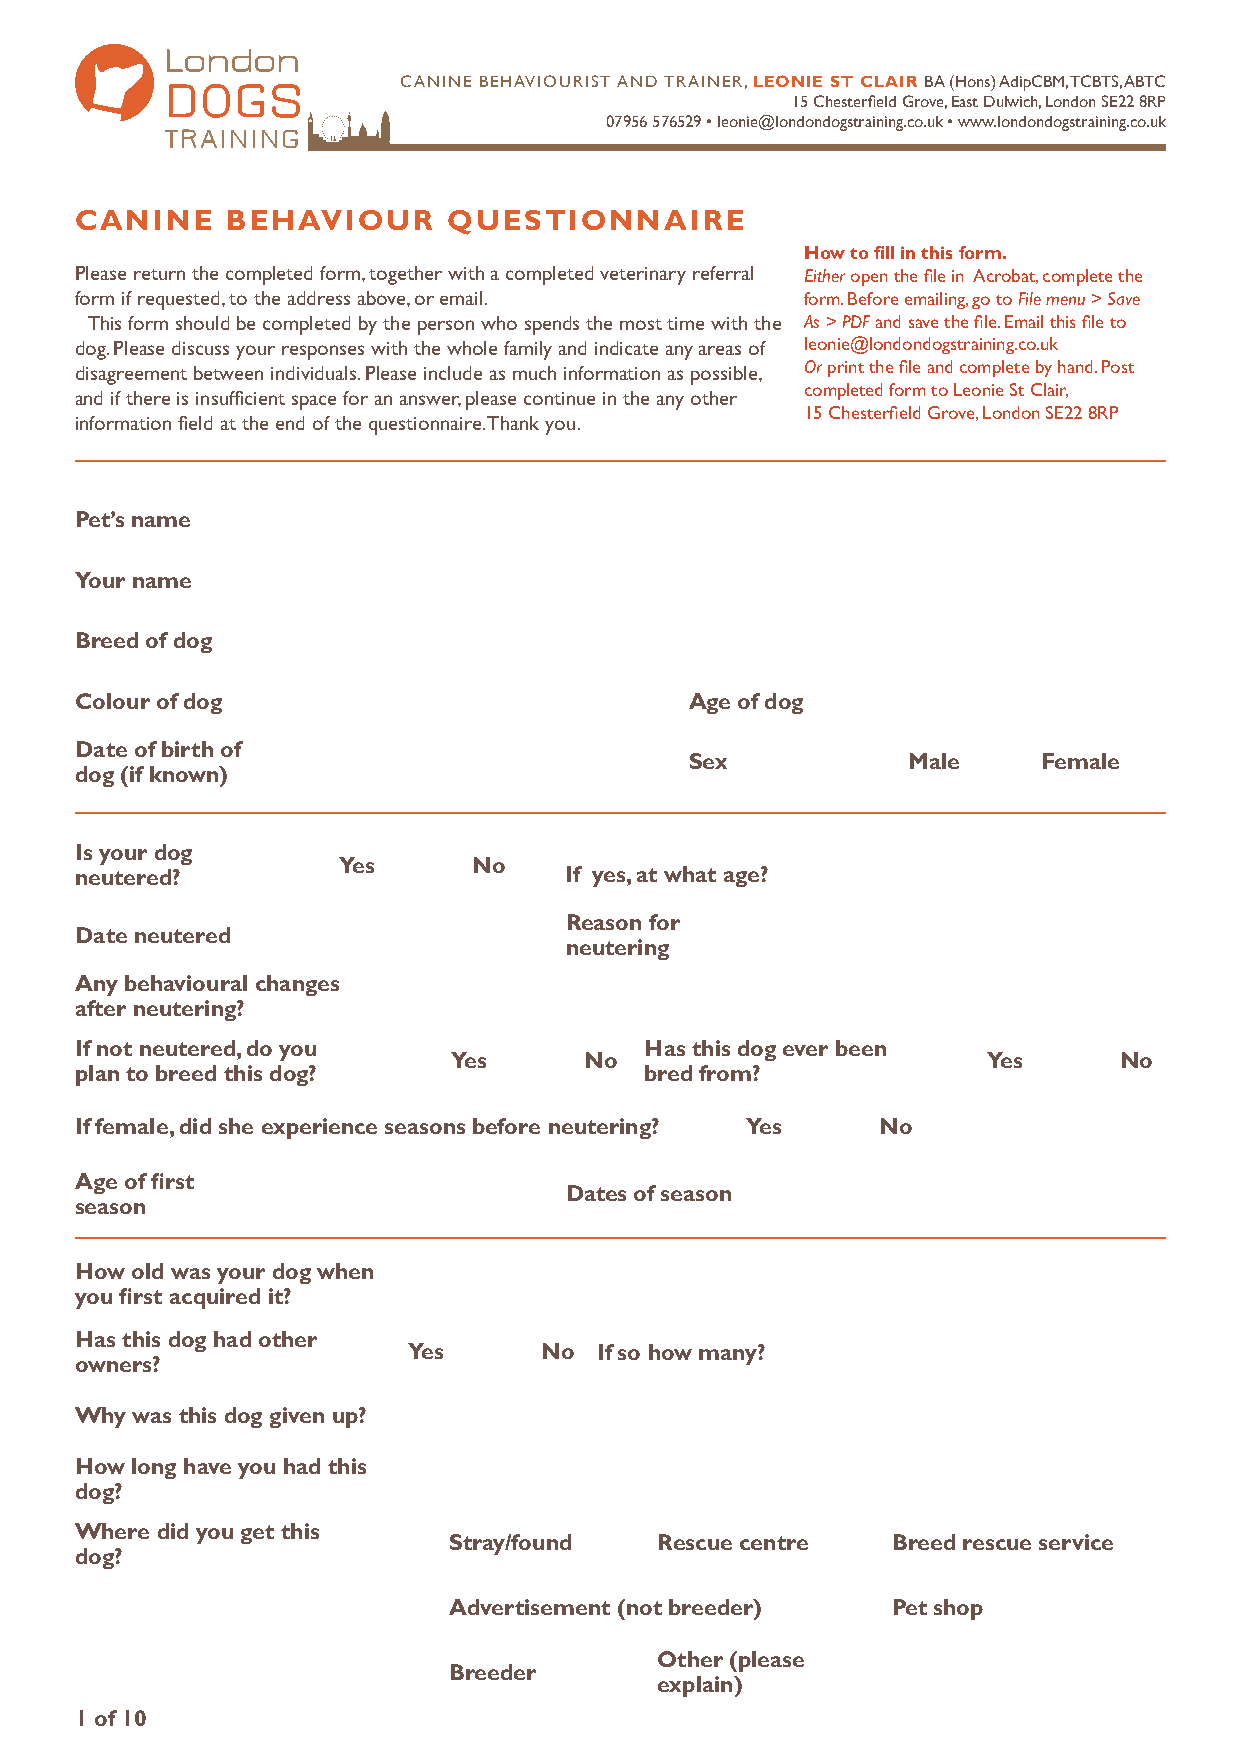
London
 DogS           Canine Behaviourist and trainer, Leonie St CLair Ba (hons) adipCBM, tCBts, aBtC
 15 Chesterfield Grove, East Dulwich, London SE22 8RP
 07956 576529 • leonie@londondogstraining.co.uk • www.londondogstraining.co.uk
 Training
 Canine    behaviour     queStionnaire
 how to fill in this form.
 Please return the completed form, together with a completed veterinary referral Either open the file in Acrobat, complete the
 form if requested, to the address above, or email. form. Before emailing, go to File menu > Save
 This form should be completed by the person who spends the most time with the As > PDF and save the file. Email this file to
 dog. Please discuss your responses with the whole family and indicate any areas of leonie@londondogstraining.co.uk
 disagreement between individuals. Please include as much information as possible, Or print the file and complete by hand. Post
 completed form to Leonie St Clair,
 and if there is insufficient space for an answer, please continue in the any other
 15 Chesterfield Grove, London SE22 8RP
 information field at the end of the questionnaire. Thank you.
 Pet’s name
 Your name
 breed of dog
 Colour of dog                            age of dog
 Date of birth of
 Sex           Male     Female
 dog (if known)
 is your dog
 Yes      no
 neutered?                       if yes, at what age?
 reason for
 Date neutered
 neutering
 any behavioural changes
 after neutering?
 if not neutered, do you               has this dog ever been
 Yes      no                        Yes      no
 plan to breed this dog?               bred from?
 if female, did she experience seasons before neutering? Yes no
 age of first
 Dates of season
 season
 how old was your dog when
 you first acquired it?
 has this dog had other
 Yes      no if so how many?
 owners?
 Why was this dog given up?
 how long have you had this
 dog?
 Where did you get this
 Stray/found  rescue centre   breed rescue service
 dog?
 advertisement (not breeder)  Pet shop
 other (please
 breeder
 explain)
 1 of 10